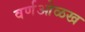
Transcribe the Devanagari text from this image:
वर्णओळख